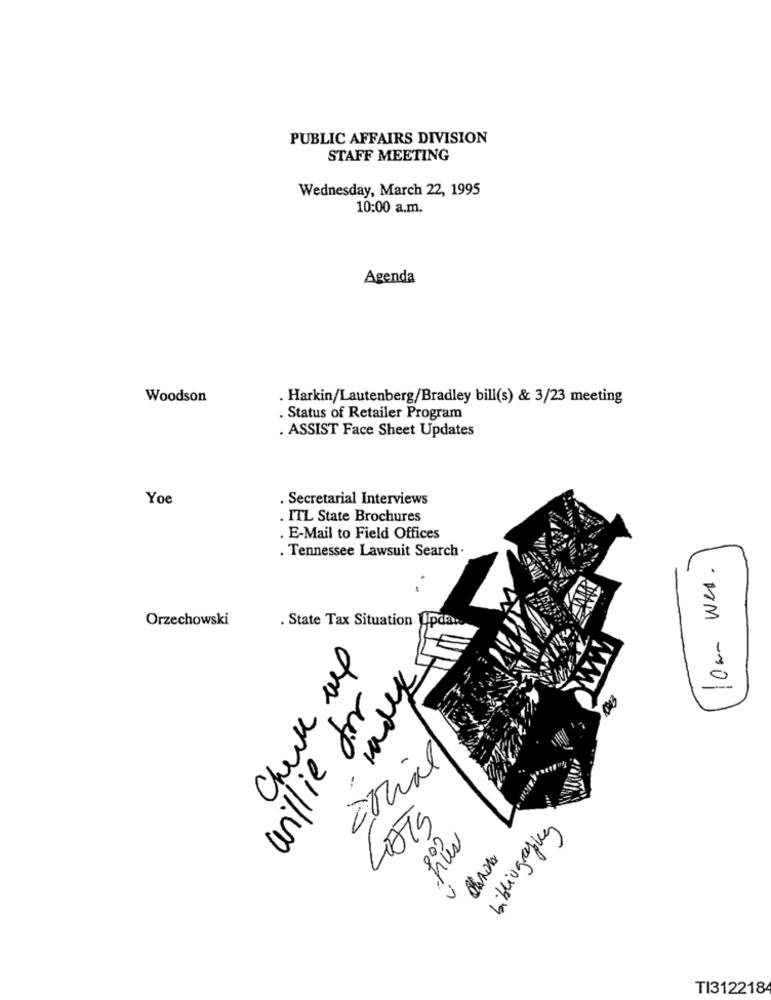
PUBLIC AFFAIRS DIVISION
STAFF MEETING
Wednesday, March 22, 1995
10:00 a.m.
Agenda
Woodson
. Harkin/Lautenberg/Bradley bill(s) & 3/23 meeting
. Status of Retailer Program
. ASSIST Face Sheet Updates
Yoe
. Secretarial Interviews
. ITL State Brochures
. E-Mail to Field Offices
. Tennessee Lawsuit Search .
low wes .
Orzechowski
. State Tax Situation pda:
Check up
willie for
Etrial
-
LATS
bibliograping
TI312218